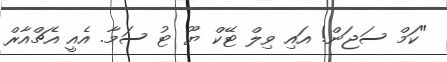
"ކަމް ސަޖަން! އައި ވިލް ޓޭކް ޔޫ ޓު ސަމާ. އެއީ އެޗްއާރް